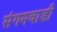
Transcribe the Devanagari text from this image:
संगमवाडी